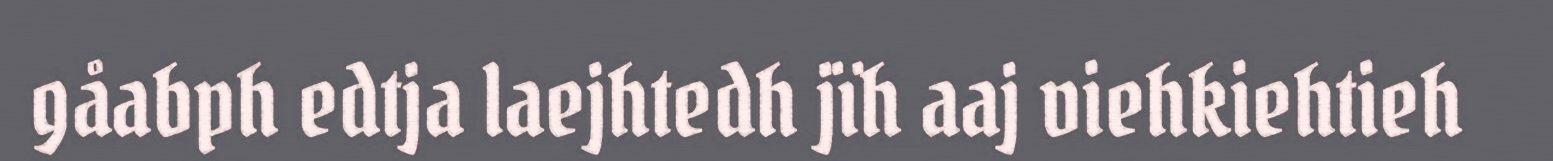
gåabph edtja laejhtedh jïh aaj viehkiehtieh